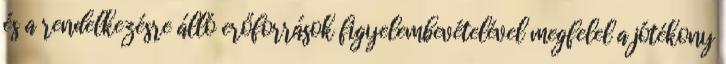
és a rendelkezésre álló erőforrások figyelembevételével megfelel a jótékony